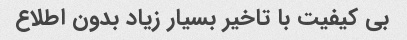
بی کیفیت با تاخیر بسیار زیاد بدون اطلاع